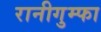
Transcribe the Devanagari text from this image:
रानीगुम्फा